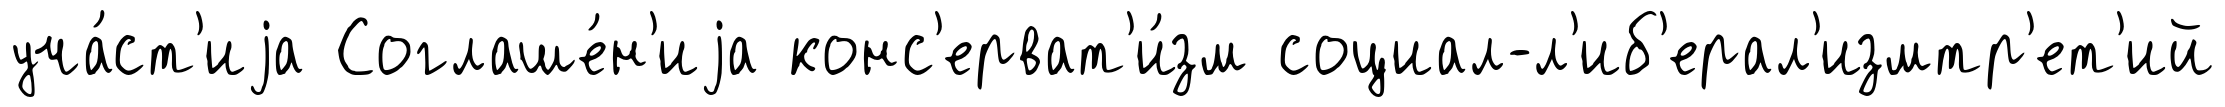
уча́ст'иjа Соглаше́н'иjа конс'ерват'и́зм социал-л'иб'ерал'измтр'ет'ий